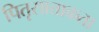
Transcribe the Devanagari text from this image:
पितृसात्ताकता